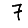
Digit: 7